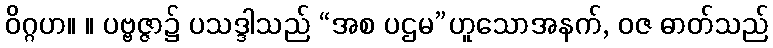
ဝိဂ္ဂဟ။ ။ ပဗ္ဗဇ္ဇာ၌ ပသဒ္ဒါသည် “အစ ပဌမ”ဟူသောအနက်, ဝဇ ဓာတ်သည်